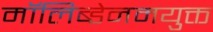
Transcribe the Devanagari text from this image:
मॉलिब्डेनमयुक्त